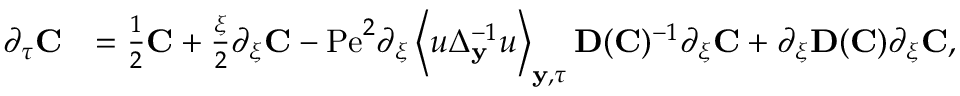
\begin{array} { r l } { \partial _ { \tau } \mathbf { C } } & { = \frac { 1 } { 2 } \mathbf { C } + \frac { \xi } { 2 } \partial _ { \xi } \mathbf { C } - \mathrm { P e } ^ { 2 } \partial _ { \xi } \left\langle u \Delta _ { \mathbf { y } } ^ { - 1 } u \right\rangle _ { \mathbf { y } , \tau } \mathbf { D } ( \mathbf { C } ) ^ { - 1 } \partial _ { \xi } \mathbf { C } + \partial _ { \xi } \mathbf { D } ( \mathbf { C } ) \partial _ { \xi } \mathbf { C } , } \end{array}